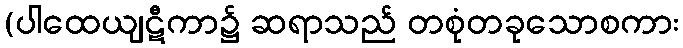
(ပါထေယျဋီကာ၌ ဆရာသည် တစုံတခုသောစကား